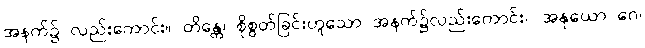
အနက်၌ လည်းကောင်း။ တိန္တေ၊ စိုစွတ်ခြင်းဟူသော အနက်၌လည်းကောင်း။ အနုယော ဂေ၊